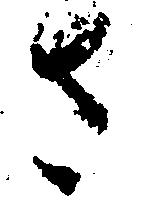
さ